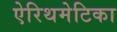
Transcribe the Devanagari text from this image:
ऐरिथमेटिका